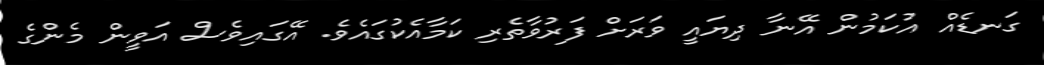
ގަނޑެއް އުކަމުން އޭނާ ދިޔައީ ވަރަށް ފަރުވާތެރި ކަމާއެކުގައެވެ. އޭގައިވެސް އަވީން މެންގެ